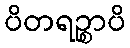
ပိတရဉ္စာပိ